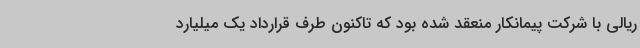
ریالی با شرکت پیمانکار منعقد شده بود که تاکنون طرف قرارداد یک میلیارد